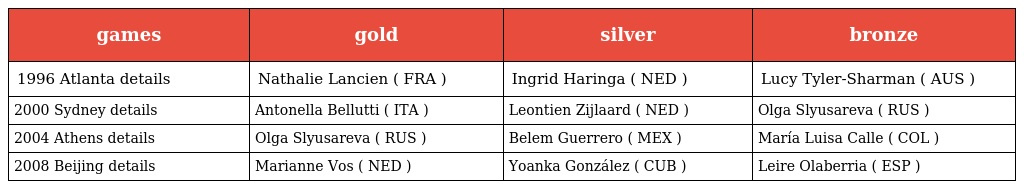
| games | gold | silver | bronze |
 | --- | --- | --- | --- |
 | 1996 Atlanta details | Nathalie Lancien ( FRA ) | Ingrid Haringa ( NED ) | Lucy Tyler-Sharman ( AUS ) |
 | 2000 Sydney details | Antonella Bellutti ( ITA ) | Leontien Zijlaard ( NED ) | Olga Slyusareva ( RUS ) |
 | 2004 Athens details | Olga Slyusareva ( RUS ) | Belem Guerrero ( MEX ) | María Luisa Calle ( COL ) |
 | 2008 Beijing details | Marianne Vos ( NED ) | Yoanka González ( CUB ) | Leire Olaberria ( ESP ) |